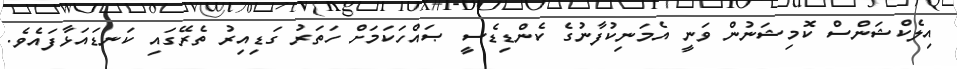
އިލެކްޝަންސް ކޮމިޝަނުން ވަނީ އެމަނިކުފާނުގެ ކެންޑިޑެސީ ޞައްހަކަމަށް ހަތަރު ގަޑިއިރު ތެރޭގައި ކަނޑައަޅާފައެވެ.